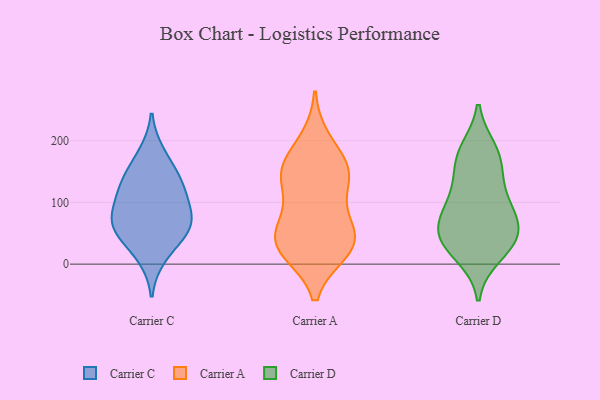
{"axis": {"x": "Tickets Resolved", "y": "Value"}, "legend": ["Carrier A", "Carrier C", "Carrier D"], "data": [{"x": "", "y": 64, "type": "Carrier C"}, {"x": "", "y": 138, "type": "Carrier C"}, {"x": "", "y": 117, "type": "Carrier C"}, {"x": "", "y": 179, "type": "Carrier C"}, {"x": "", "y": 105, "type": "Carrier C"}, {"x": "", "y": 67, "type": "Carrier C"}, {"x": "", "y": 84, "type": "Carrier C"}, {"x": "", "y": 12, "type": "Carrier C"}, {"x": "", "y": 143, "type": "Carrier C"}, {"x": "", "y": 50, "type": "Carrier C"}, {"x": "", "y": 53, "type": "Carrier C"}, {"x": "", "y": 31, "type": "Carrier A"}, {"x": "", "y": 22, "type": "Carrier A"}, {"x": "", "y": 142, "type": "Carrier A"}, {"x": "", "y": 42, "type": "Carrier A"}, {"x": "", "y": 71, "type": "Carrier A"}, {"x": "", "y": 200, "type": "Carrier A"}, {"x": "", "y": 64, "type": "Carrier A"}, {"x": "", "y": 155, "type": "Carrier A"}, {"x": "", "y": 21, "type": "Carrier A"}, {"x": "", "y": 159, "type": "Carrier A"}, {"x": "", "y": 126, "type": "Carrier A"}, {"x": "", "y": 36, "type": "Carrier A"}, {"x": "", "y": 146, "type": "Carrier A"}, {"x": "", "y": 30, "type": "Carrier D"}, {"x": "", "y": 108, "type": "Carrier D"}, {"x": "", "y": 133, "type": "Carrier D"}, {"x": "", "y": 48, "type": "Carrier D"}, {"x": "", "y": 40, "type": "Carrier D"}, {"x": "", "y": 47, "type": "Carrier D"}, {"x": "", "y": 175, "type": "Carrier D"}, {"x": "", "y": 63, "type": "Carrier D"}, {"x": "", "y": 184, "type": "Carrier D"}, {"x": "", "y": 169, "type": "Carrier D"}, {"x": "", "y": 88, "type": "Carrier D"}, {"x": "", "y": 83, "type": "Carrier D"}, {"x": "", "y": 15, "type": "Carrier D"}]}